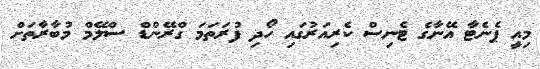
މިއީ ޕެނެޓާ އޭނާގެ ޓެނިސް ކެރިއަރުގައި ހޯދި ފުރަތަމަ ގްރޭންޑް ސްލޭމް މުބާރާތަށް